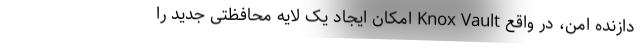
دازنده امن، در واقع Knox Vault امکان ایجاد یک لایه محافظتی جدید را